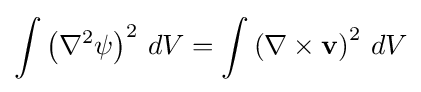
\int \left(\nabla ^{2}\psi \right)^{2}\,dV=\int \left(\nabla \times \mathbf {v} \right)^{2}\,dV